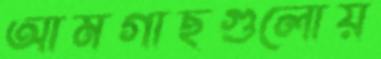
আমগাছগুলোয়